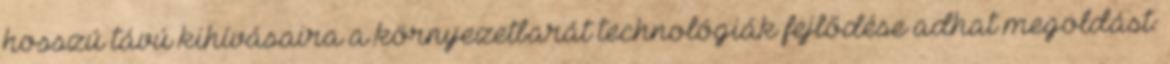
hosszú távú kihívásaira a környezetbarát technológiák fejlődése adhat megoldást: